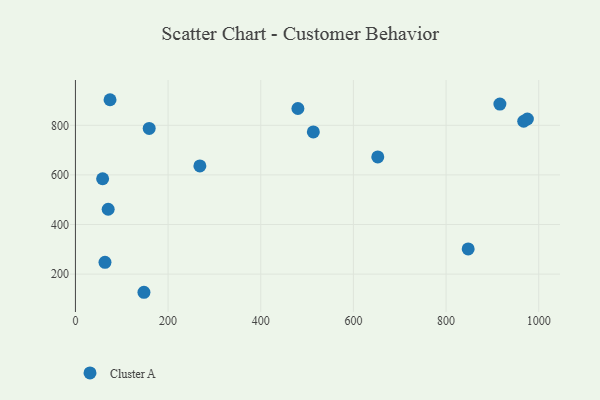
{"axis": {"x": "Price", "y": "Demand"}, "legend": ["Cluster A"], "data": [{"x": "147.9", "y": 126.8, "type": "Cluster A"}, {"x": "847.7", "y": 301.6, "type": "Cluster A"}, {"x": "70.7", "y": 461.6, "type": "Cluster A"}, {"x": "480.2", "y": 867.7, "type": "Cluster A"}, {"x": "967.6", "y": 816.4, "type": "Cluster A"}, {"x": "58.7", "y": 584.4, "type": "Cluster A"}, {"x": "63.8", "y": 247.5, "type": "Cluster A"}, {"x": "159.2", "y": 787.4, "type": "Cluster A"}, {"x": "652.6", "y": 672.4, "type": "Cluster A"}, {"x": "513.5", "y": 773.1, "type": "Cluster A"}, {"x": "916.2", "y": 885.5, "type": "Cluster A"}, {"x": "268.6", "y": 636.1, "type": "Cluster A"}, {"x": "74.7", "y": 903.1, "type": "Cluster A"}, {"x": "975.5", "y": 825.3, "type": "Cluster A"}]}